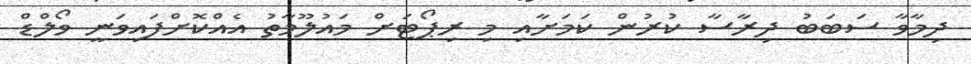
ދިމާވާ ސަބަބު ދިރާސާ ކުރުން ކަމަށާއި މި ރިޕޯޓަށް މައުލޫމާތު އެއްކޮށްފައިވަނީ ވޯލްޑް